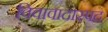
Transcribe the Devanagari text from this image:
विवावादास्पद